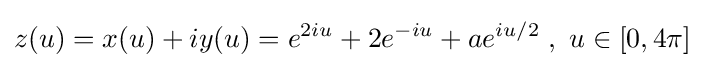
z(u)=x(u)+iy(u)=e^{2iu}+2e^{-iu}+ae^{iu/2}\;,\ u\in [0,4\pi ]\;